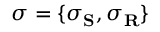
\boldsymbol { \sigma } = \{ \boldsymbol { \sigma } _ { \mathbf { S } } , \boldsymbol { \sigma } _ { \mathbf { R } } \}